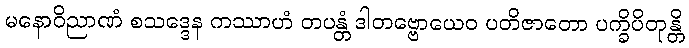
မနောဝိညာဏံ စသဒ္ဒေန ကဿာဟံ တပန္တံ ဒါတဗ္ဗောယေဝ ပတိဇာတော ပက္ခိပိတုန္တိ